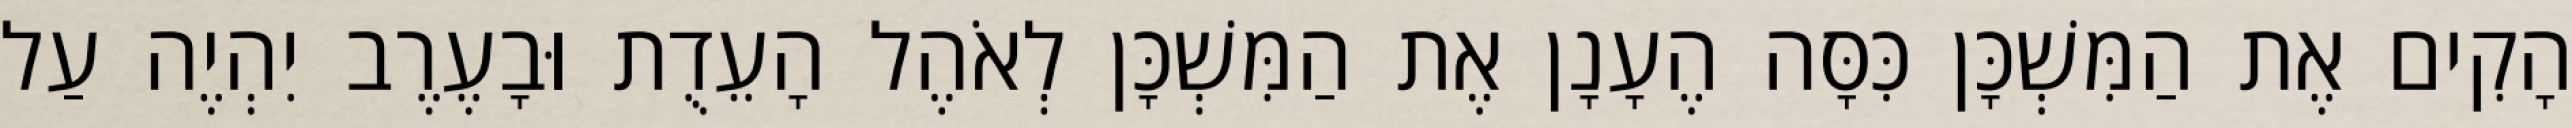
הָקִים אֶת הַמִּשְׁכָּן כִּסָּה הֶעָנָן אֶת הַמִּשְׁכָּן לְאֹהֶל הָעֵדֻת וּבָעֶרֶב יִהְיֶה עַל